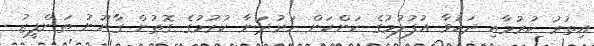
އިތުރު ކުރުމާއި ދައުވާ އުފުލުމުގެ ކަންކަން ހަރުދަނާ ކުރުމުގެ ގޮތުން ގާނޫނު ތަންފީޒު